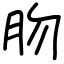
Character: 肳